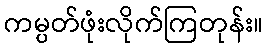
ကမ္ပတ်ဖုံးလိုက်ကြတုန်း။